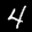
Label: 4